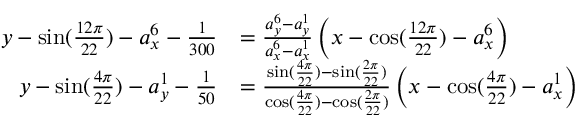
\begin{array} { r l } { y - \sin ( \frac { 1 2 \pi } { 2 2 } ) - a _ { x } ^ { 6 } - \frac { 1 } { 3 0 0 } } & { = \frac { a _ { y } ^ { 6 } - a _ { y } ^ { 1 } } { a _ { x } ^ { 6 } - a _ { x } ^ { 1 } } \left( x - \cos ( \frac { 1 2 \pi } { 2 2 } ) - a _ { x } ^ { 6 } \right) } \\ { y - \sin ( \frac { 4 \pi } { 2 2 } ) - a _ { y } ^ { 1 } - \frac { 1 } { 5 0 } } & { = \frac { \sin ( \frac { 4 \pi } { 2 2 } ) - \sin ( \frac { 2 \pi } { 2 2 } ) } { \cos ( \frac { 4 \pi } { 2 2 } ) - \cos ( \frac { 2 \pi } { 2 2 } ) } \left( x - \cos ( \frac { 4 \pi } { 2 2 } ) - a _ { x } ^ { 1 } \right) } \end{array}